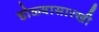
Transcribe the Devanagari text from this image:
डोळ्यासारखी